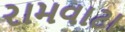
રામવાટા